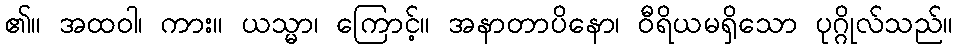
၏။ အထဝါ၊ ကား။ ယသ္မာ၊ ကြောင့်။ အနာတာပိနော၊ ဝီရိယမရှိသော ပုဂ္ဂိုလ်သည်။